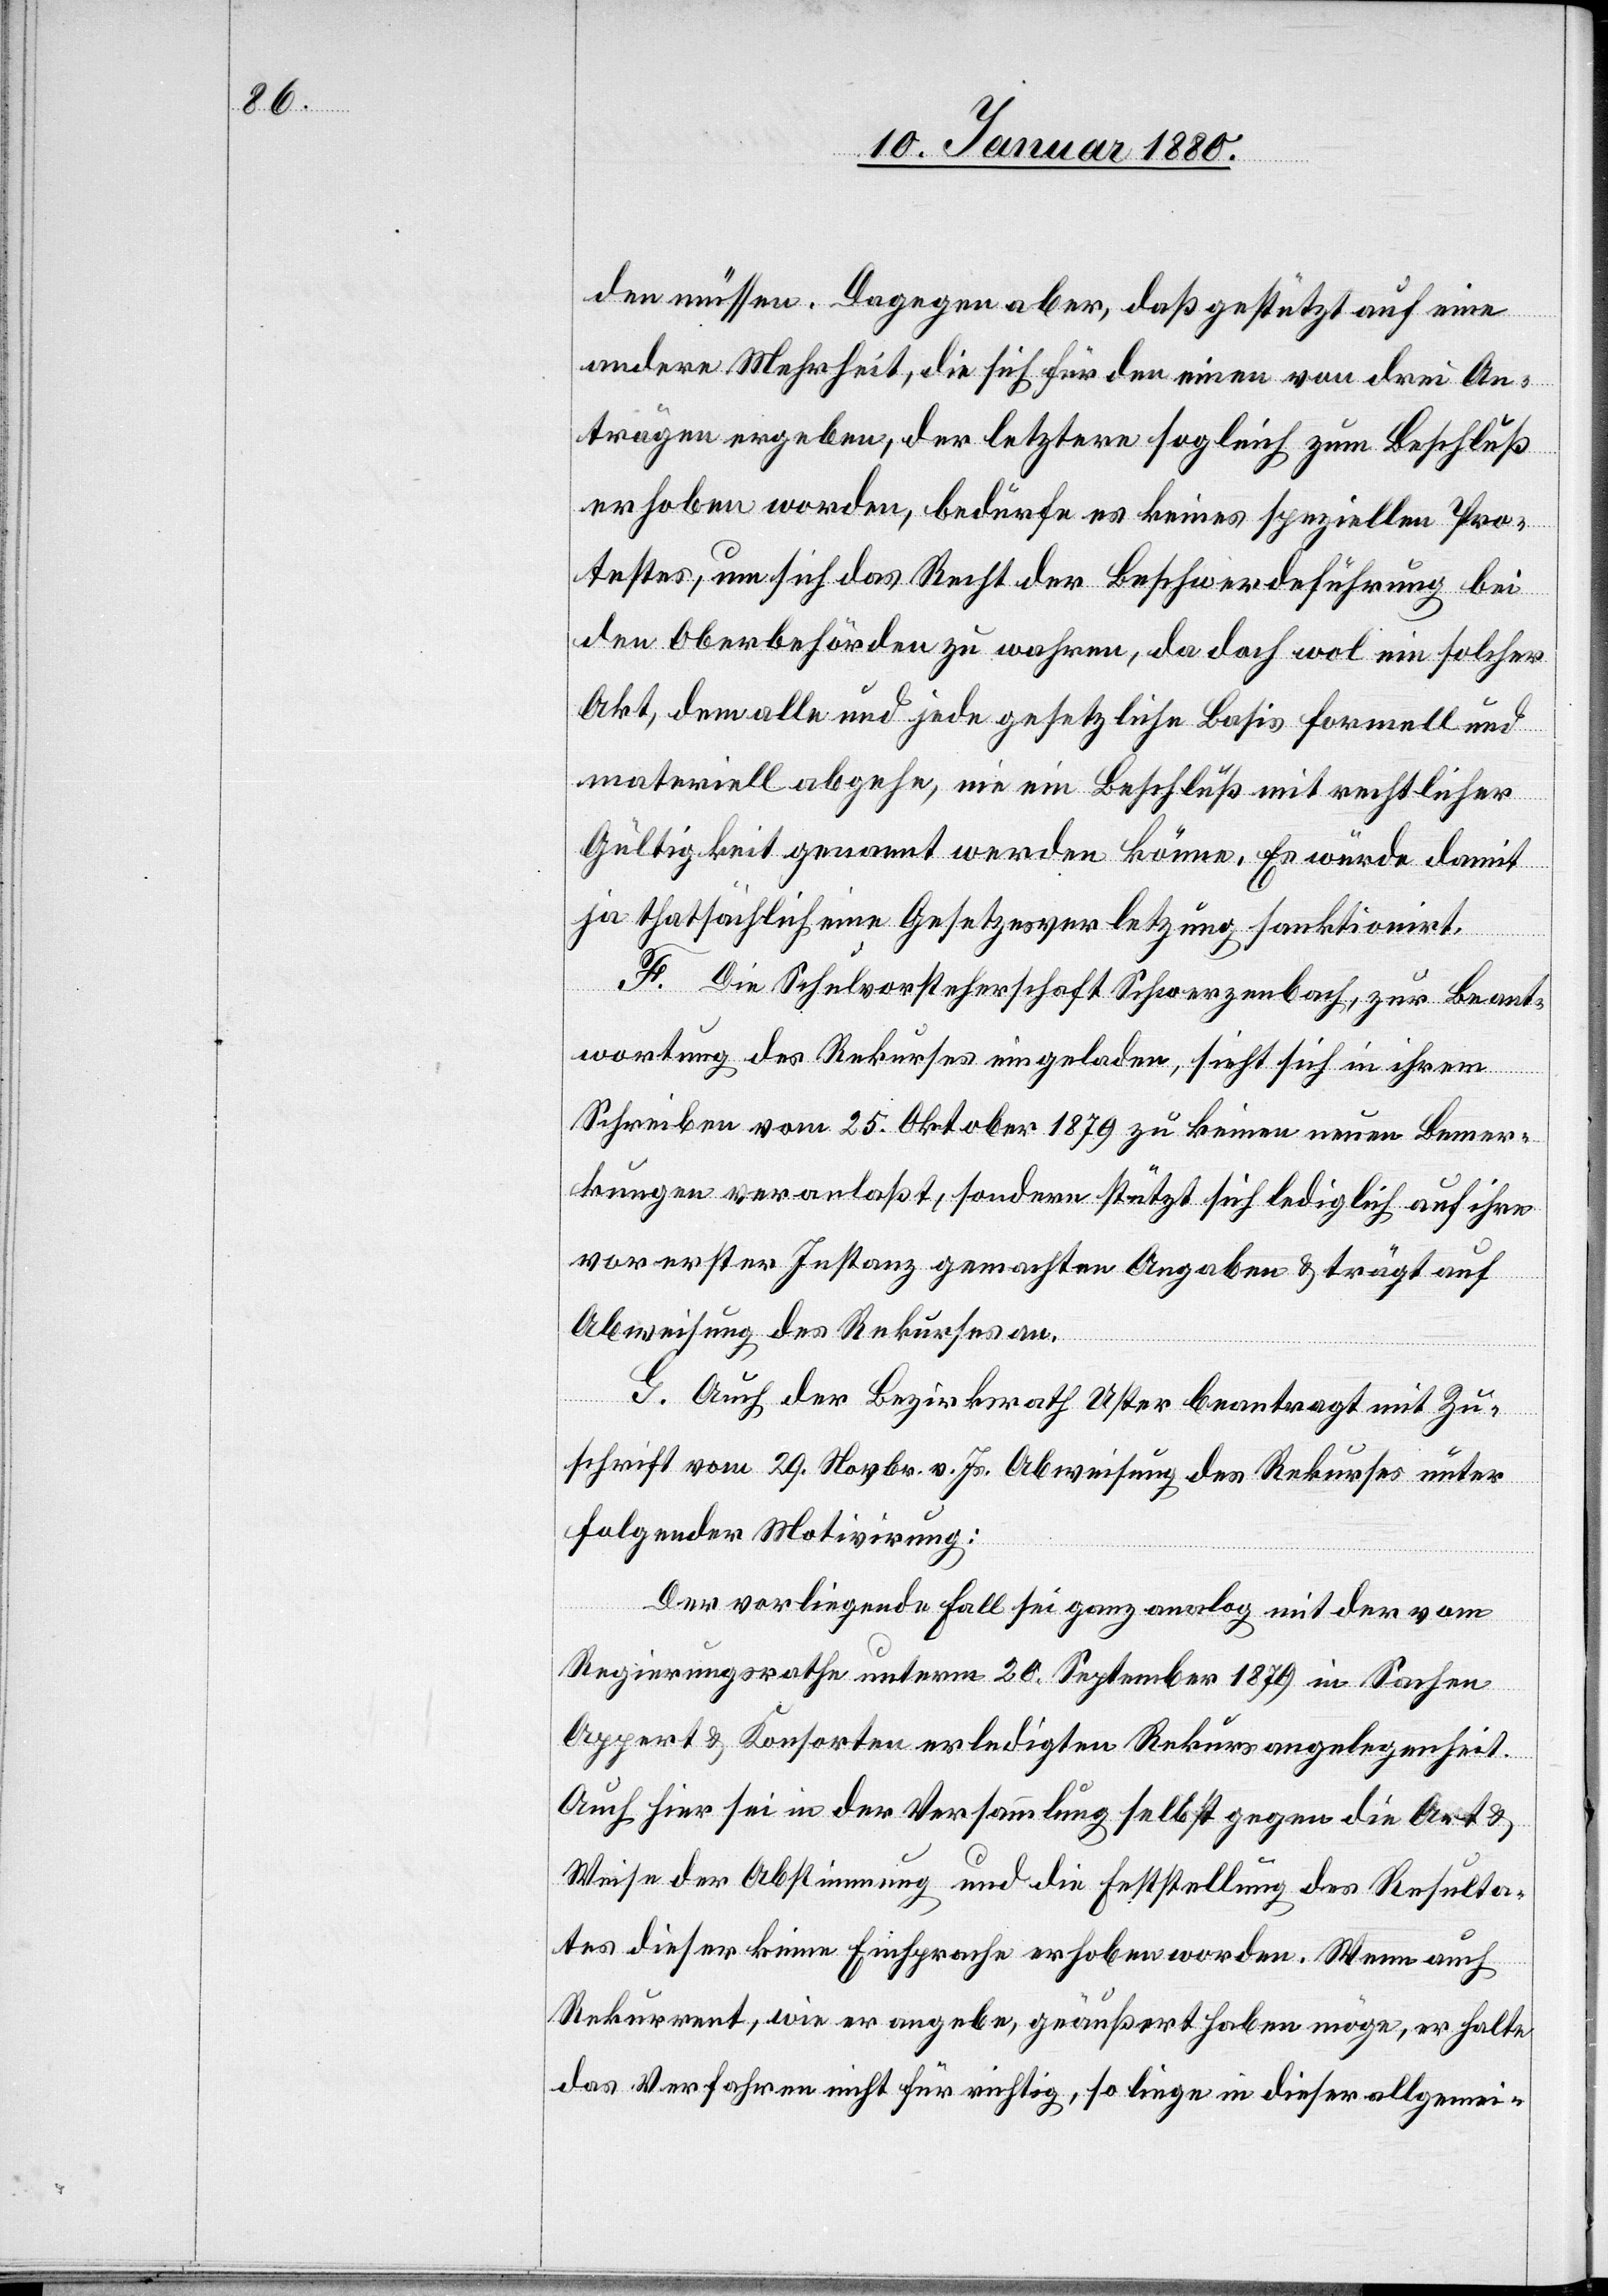
den müssen. Dagegen aber, daß gestützt auf eine
andere Mehrheit, die sich für den einen von drei An¬
trägen ergeben, der letztere sogleich zum Beschluß
erhoben worden, bedürfe es keines speziellen Pro¬
testes, um sich das Recht der Beschwerdeführung bei
den Oberbehörden zu wahren, da doch wol ein solcher
Akt, dem alle und jede gesetzliche Basis formell und
materiell abgehe, nie ein Beschluß mit rechtlicher
Gültigkeit genannt werden könne. Es würde damit
ja thatsächlich eine Gesetzesverletzung sanktionirt.
F. Die Schulvorsteherschaft Schwerzenbach, zur Beant¬
wortung des Rekurses eingeladen, sieht sich in ihrem
Schreiben vom 25. Oktober 1879 zu keinen neuen Bemer¬
kungen veranlaßt, sondern stützt sich lediglich auf ihre
vor erster Instanz gemachten Angaben & trägt auf
Abweisung des Rekurses an.
G. Auch der Bezirksrath Uster beantragt mit Zu¬
schrift vom 29. Novbr. v. Js. Abweisung des Rekurses unter
folgender Motivirung:
Der vorliegende Fall sei ganz analog mit der vom
Regierungsrathe unterm 20. September 1879 in Sachen
Appert & Konsorten erledigten Rekursangelegenheit.
Auch hier sei in der Versammlung selbst gegen die Art &
Weise der Abstimmung und die Feststelung des Resulta¬
tes dieser keine Einsprache erhoben worden. Wenn auch
Rekurrent, wie er angebe, geäußert haben möge, er halte
das Verfahren nicht für richtig, so liege in dieser allgemei-